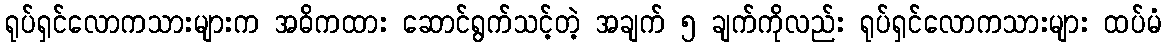
ရုပ်ရှင်လောကသားများက အဓိကထား ဆောင်ရွက်သင့်တဲ့ အချက် ၅ ချက်ကိုလည်း ရုပ်ရှင်လောကသားများ ထပ်မံ